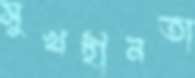
সুখহীনতা